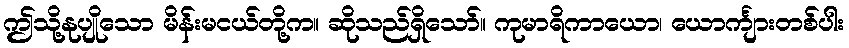
ဤသို့နုပျိုသော မိန်းမငယ်တို့က။ ဆိုသည်ရှိသော်။ ကုမာရိကာယော၊ ယောင်္ကျားတစ်ပါး